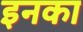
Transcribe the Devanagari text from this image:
इनका